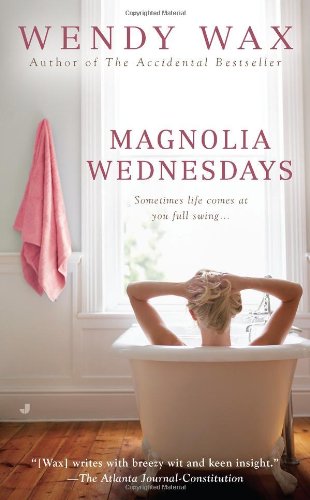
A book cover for Magnolia Wednesdays; Wendy Wax; Literature & Fiction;